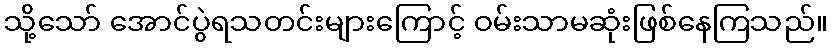
သို့သော် အောင်ပွဲရသတင်းများကြောင့် ဝမ်းသာမဆုံးဖြစ်နေကြသည်။